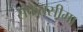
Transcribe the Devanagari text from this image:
संकेतसीमा